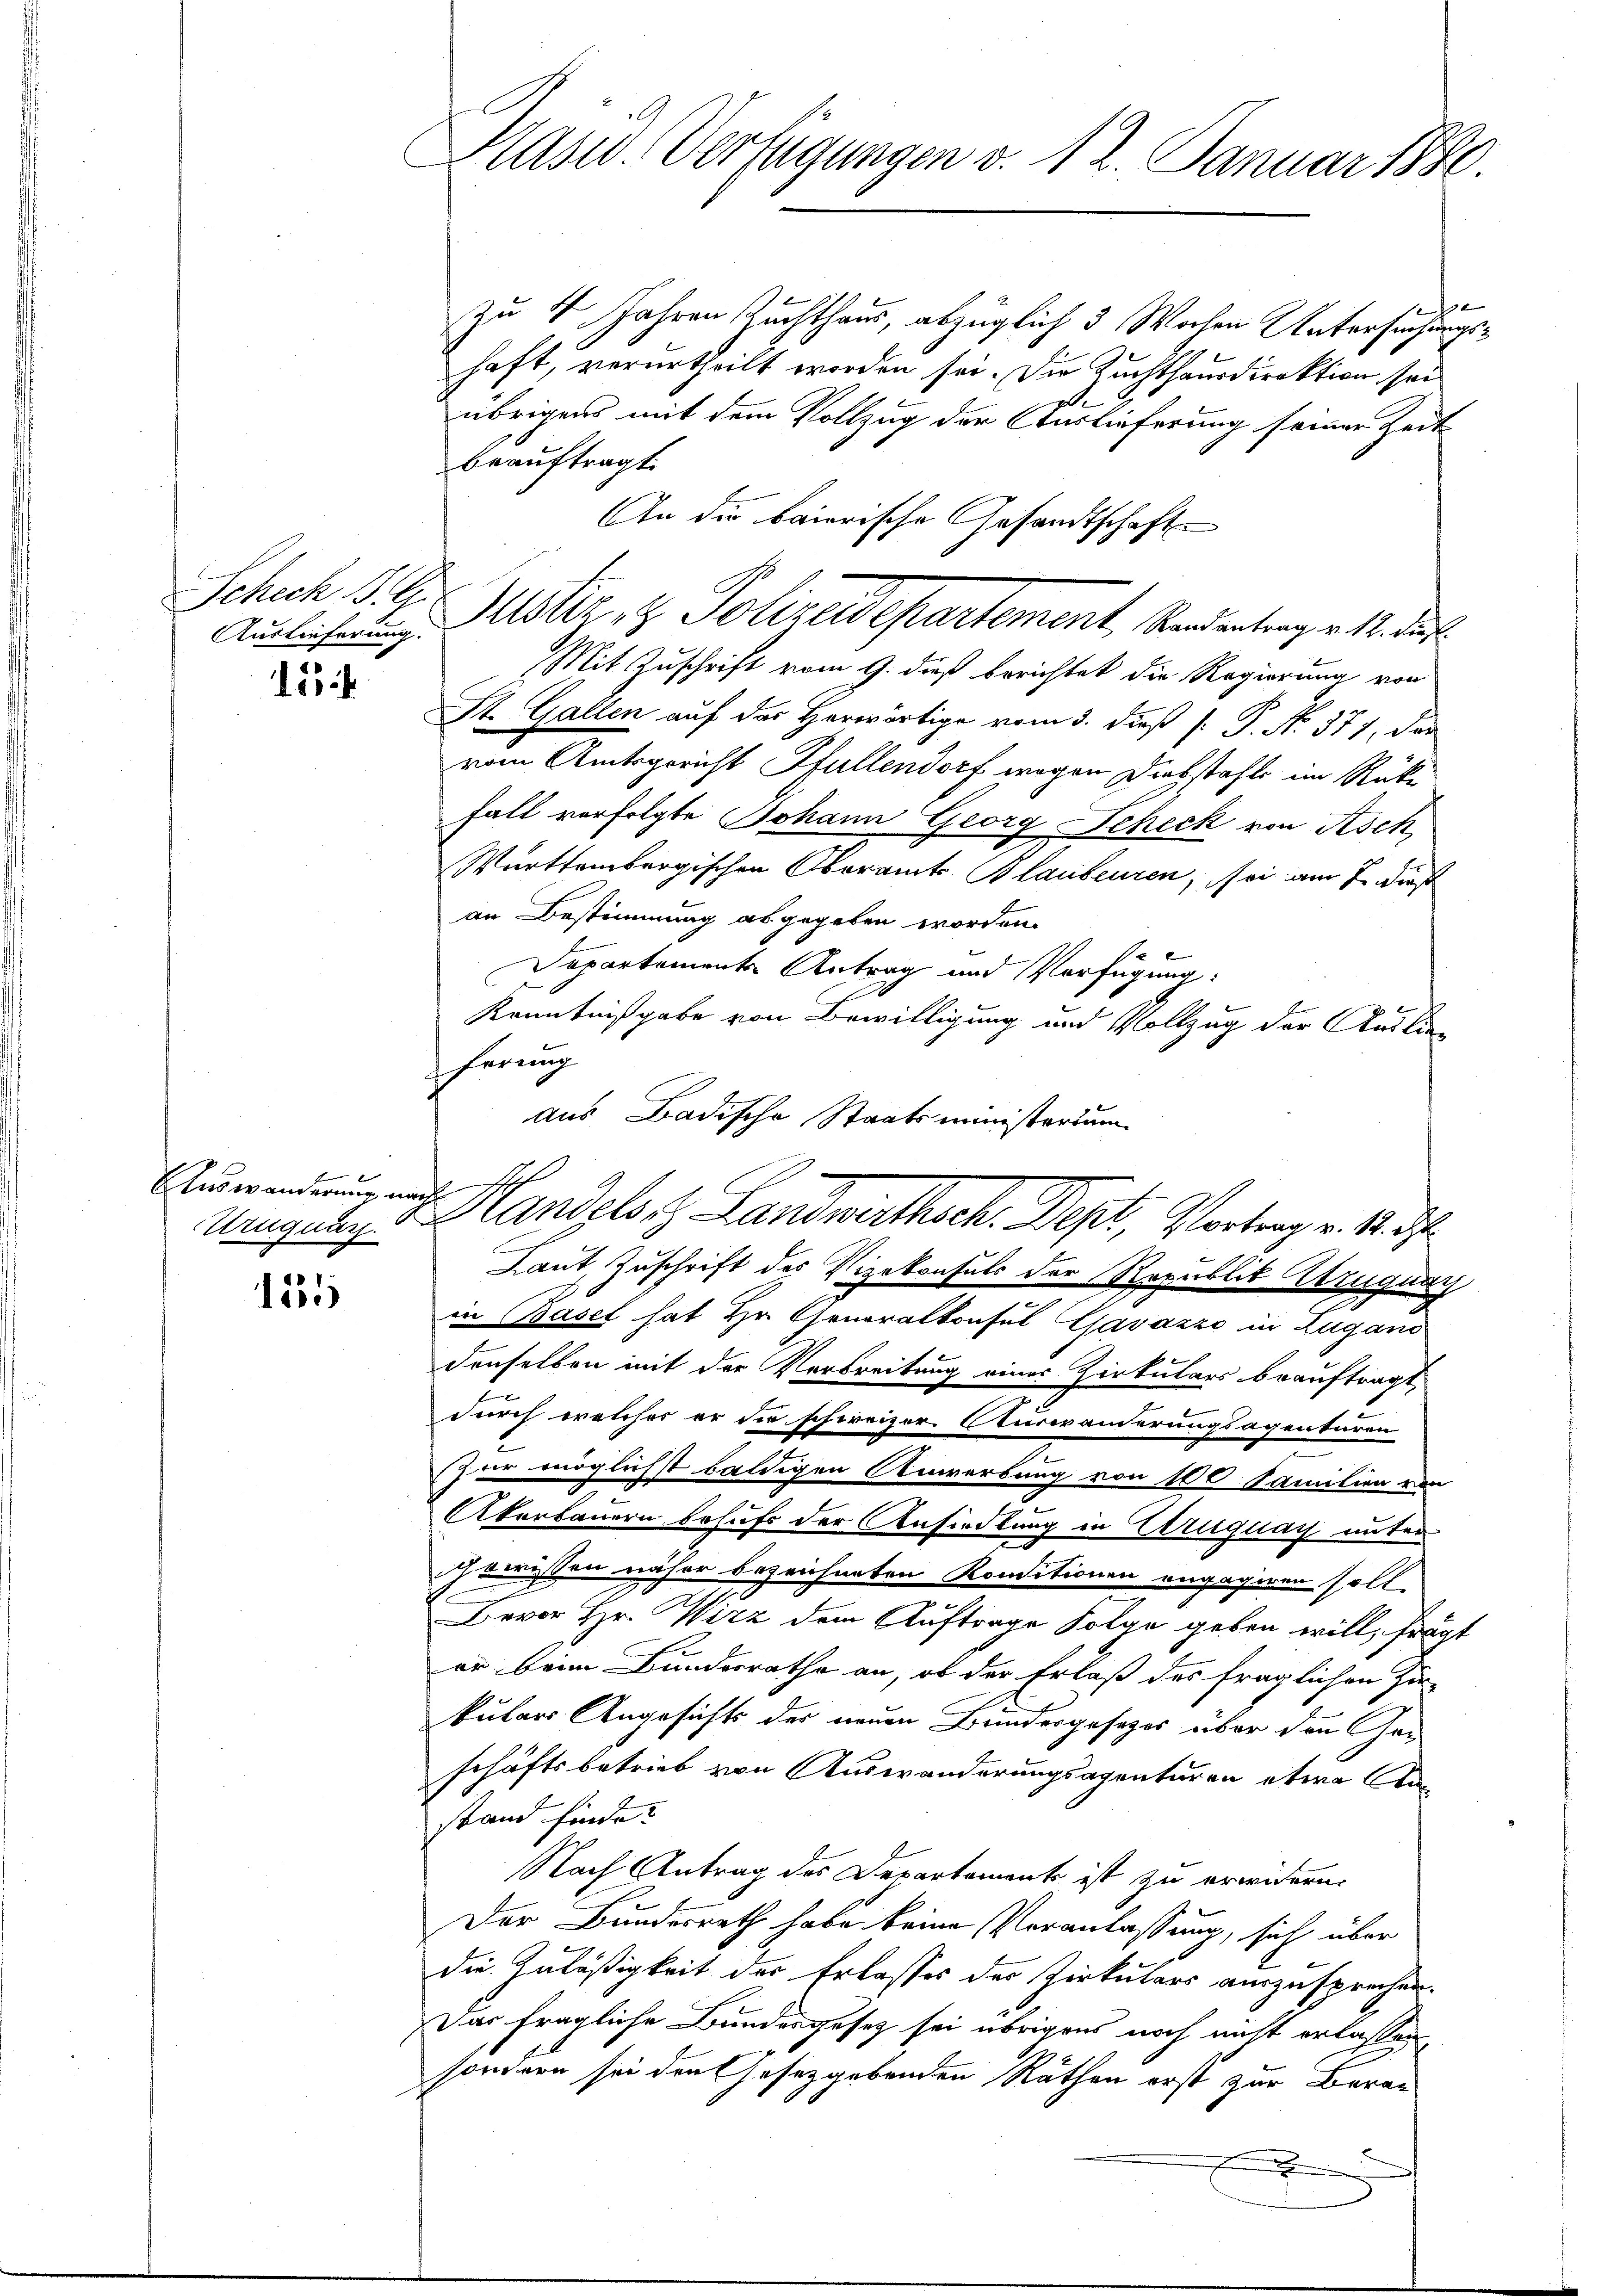
Auslieferung.

15

Urnquar.

4
e

Präsid. Verfügungen v. 12. Januar 1880.

beauftragt.
An die baierische Gesandtschaft
Schech S. G. Justiz & Polizeidepartement, Rendentrag v. 12. das
Mit Zuschrift vom 9. dieß berichtet die Regierung von
St. Gallen auf der Herwärtige vom 3. dieß [ P. N. 371, das
vom Amtsgericht Pfullendorf wegen Diebstahle im Rücke
Fall verfolgte Johann Georg Scheck von Asch
Württembergischen Oberamts Blaubenren, sei am 7. dies
an Bestimmung abgegeben worden.
Departements Antrag und Verfügung:
Kenntnißgabe von Bewilligung und Vollzug der Auslie-
ferung
aus Badische Staatsministerium
Anwendung und Handelsitz Landwirthsch. Dept, Vortrag v. M. d
Laut Zuschrift des Vizekonsuls der Republik Atzuquar
in Basel hat Hr. Generalkonsul Gavazze in Zugano
denselben mit der Verbreitung einer Zirkulars beauftragt,
durch welcher er die schweizer Auswänderungsagenturen
ur möglichst baldigen Anwerbung von 100 Familien von
Akerbauern behufs der Ansiedlung in Uruguay unter
ewissen näher bezeichneten Konditionen engagiren soll.
Bevor Hr. Wirz dem Auftrage Folge geben will, frägt
er beim Bundesrathe an, ob der Erlaß des fraglichen Zu-
kulars Angesichts der neuen Bundesgesetzes über den Geschäftsbetrieb von Auswanderungsagenturen etwa bestand finde.
Nach Antrag des Departement ist zu erwidern.
Der Bundesrath habe keine Veranlassung, sich über
die Zuläßigkeit der Erlasses der Zirkulars auszusprechen.
Das fragliche Bundesgesetz sei übrigens noch nicht erlassen,
sondern sei den Gesetzgebenden Räthen erst zur Berau
.

x
zu 4 Jahren Zuchthaus, abzüglich 3 Wochen Untersuchungshaft, verurtheilt worden sei. Die Zuchthausdirektion sei
übrigens mit dem Vollzug der Auslieferung seiner Zeit